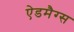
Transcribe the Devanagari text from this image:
ऐडमैग्स